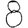
Digit: 8